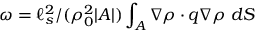
\omega = { \ell _ { s } ^ { 2 } } / { ( \rho _ { 0 } ^ { 2 } \vert A \vert ) } \int _ { A } \nabla \rho \cdot \boldsymbol { q } \nabla \rho ~ d S